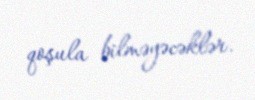
qoşula bilməyəcəklər.